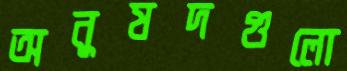
অনুষদগুলো